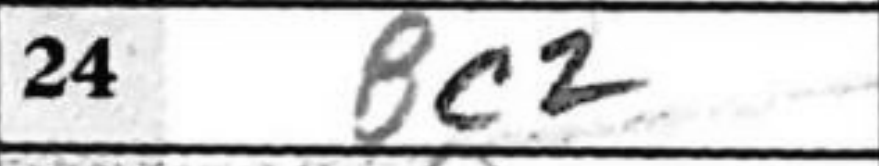
Transcription: Bc2